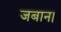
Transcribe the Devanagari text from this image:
जबान।